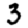
Digit: 3